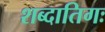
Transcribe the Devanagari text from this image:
शब्दातिगः